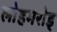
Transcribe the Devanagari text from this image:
लोहमरोड्